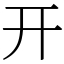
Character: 开